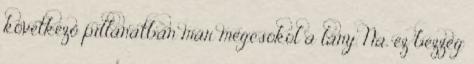
következő pillanatban már megcsókol a lány. Na, ez bezzeg